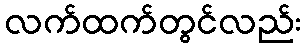
လက်ထက်တွင်လည်း